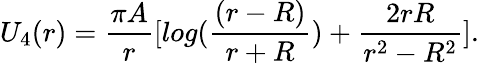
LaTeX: U_{4}(r)=\frac{\pi A}{r}[log(\frac{(r-R)}{r+R})+\frac{2rR}{r^{2}-R^{2}}].